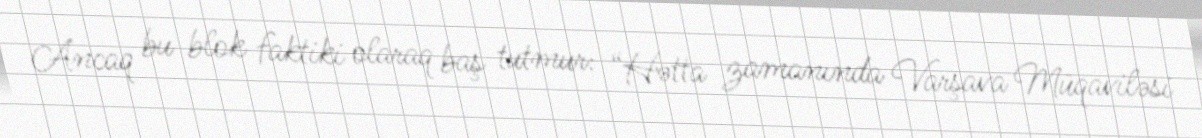
Ancaq bu blok faktiki olaraq baş tutmur: “Hətta zamanında Varşava Müqaviləsi